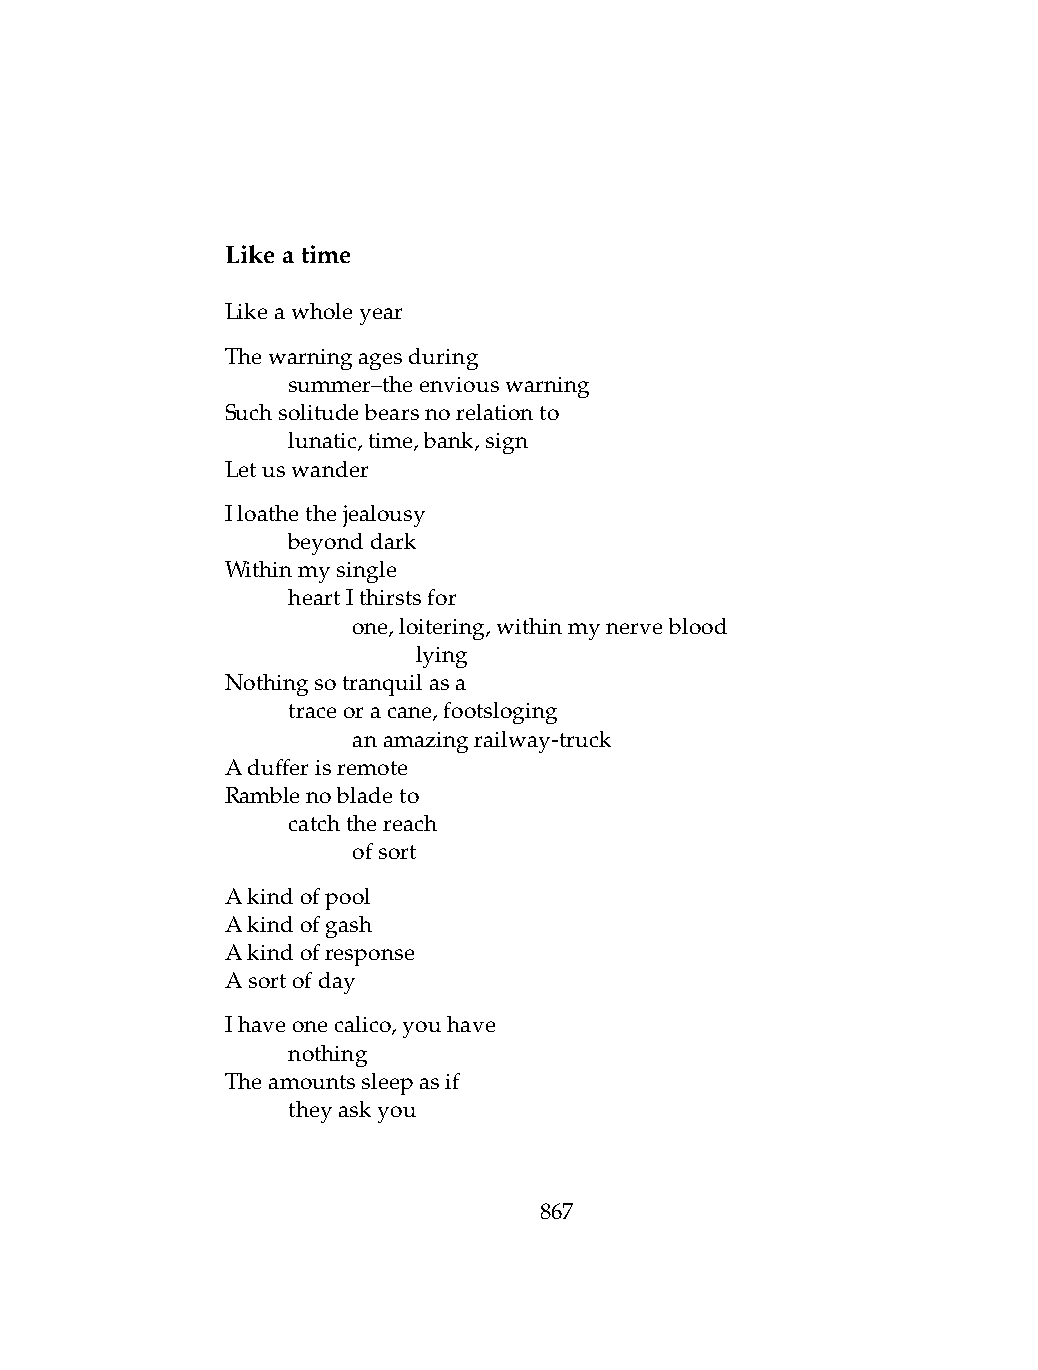
Likeatime
 Likeawholeyear
 Thewarningagesduring
 .   summer–theenviouswarning
 Suchsolitudebearsnorelationto
 .   lunatic,time,bank,sign
 Letuswander
 Iloathethejealousy
 .   beyonddark
 Withinmysingle
 .   heartIthirstsfor
 .   .   one,loitering,withinmynerveblood
 .   .   .    lying
 Nothingsotranquilasa
 .   traceoracane,footsloging
 .   .   anamazingrailway-truck
 Adufferisremote
 Ramblenobladeto
 .   catchthereach
 .   .   ofsort
 Akindofpool
 Akindofgash
 Akindofresponse
 Asortofday
 Ihaveonecalico,youhave
 .   nothing
 Theamountssleepasif
 .   theyaskyou
 867